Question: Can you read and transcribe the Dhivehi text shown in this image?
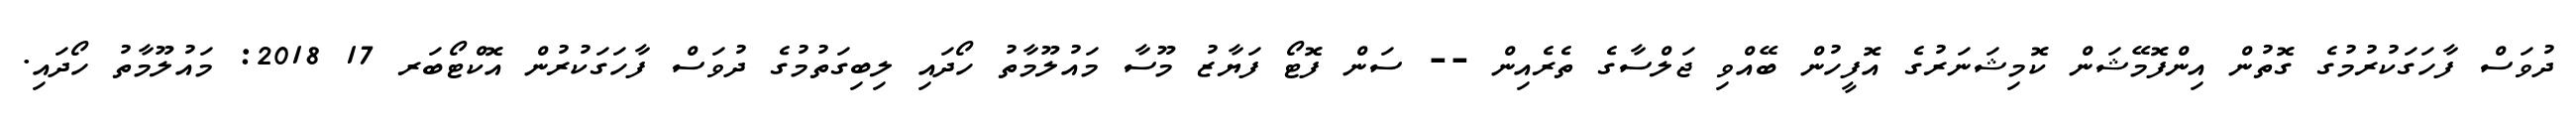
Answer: ދުވަސް ފާހަގަކުރުމުގެ ގޮތުން އިންފޮމޭޝަން ކޮމިޝަނަރުގެ އޮފީހުން ބޭއްވި ޖަލްސާގެ ތެރެއިން -- ސަން ފޮޓޯ ފަޔާޒު މޫސާ މައުލޫމާތު ހޯދައި ލިބިގަތުމުގެ ދުވަސް ފާހަގަކުރުން އޮކްޓޯބަރ 17 2018: މައުލޫމާތު ހޯދައި.